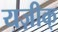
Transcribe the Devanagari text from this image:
यज़ीक्